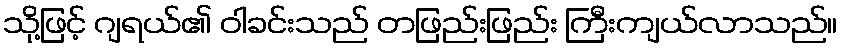
သို့ဖြင့် ဂျရယ်၏ ဝါခင်းသည် တဖြည်းဖြည်း ကြီးကျယ်လာသည်။